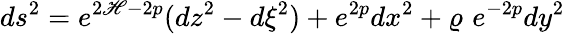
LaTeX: ds^{2}=e^{2\mathscr{H}-2p}(dz^{2}-d\xi^{2})+e^{2p}dx^{2}+\varrho\, \, e^{-2p}dy^{2}